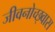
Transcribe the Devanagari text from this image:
जीवनोच्छ्वास